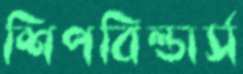
শিপবিল্ডার্স